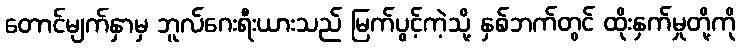
တောင်မျက်နှာမှ ဘူလ်ဂေးရီးယားသည် မြက်ပွင့်ကဲ့သို့ နှစ်ဘက်တွင် ထိုးနှက်မှုတို့ကို